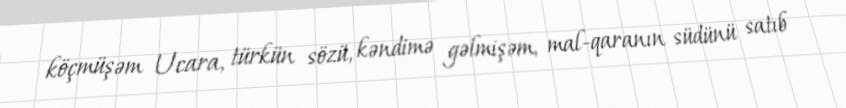
köçmüşəm Ucara, türkün sözü, kəndimə gəlmişəm, mal-qaranın südünü satıb